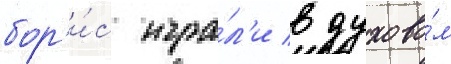
бор'и́с игра́л'и в духово́м